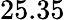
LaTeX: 25.35